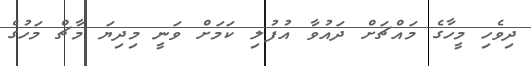
ދިވެހި މީހާގެ މައްޗަށް ދައުވާ އުފުލި ކަމަށް ވަނީ މިދިޔަ މާޗް މަހުގެ